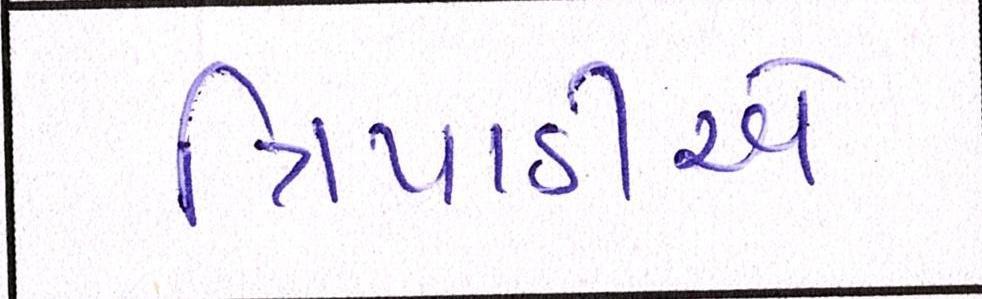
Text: ત્રિપાઠીએ